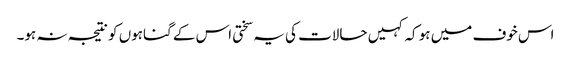
اس خوف میں ہو کہ کہیں حالات کی یہ سختی اس کے گناہوں کو نتیجہ نہ ہو۔